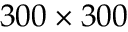
3 0 0 \times 3 0 0